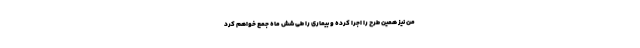
من نیز همین طرح را اجرا کرده و بیماری را طی شش ماه جمع خواهم کرد